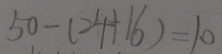
5 0 - ( 2 4 + 1 6 ) = 1 0